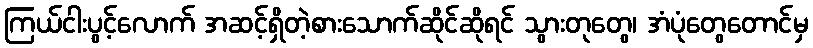
ကြယ်ငါးပွင့်လောက် အဆင့်ရှိတဲ့စားသောက်ဆိုင်ဆိုရင် သွားတုတွေ၊ အံပုံတွေတောင်မှ